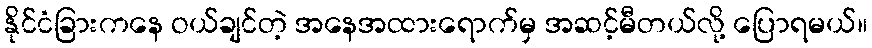
နိုင်ငံခြားကနေ ဝယ်ချင်တဲ့ အနေအထားရောက်မှ အဆင့်မီတယ်လို့ ပြောရမယ်။